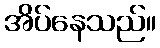
အိပ်နေသည်။